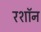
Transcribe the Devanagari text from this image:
रशॉन